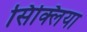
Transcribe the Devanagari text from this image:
सिक्लिया